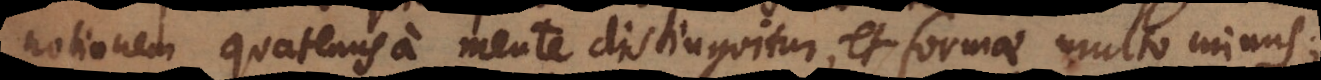
notionem quatenus a mente distinguitur, et formae multo minus;